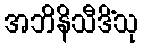
အဘိနိသီဒိံသု